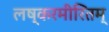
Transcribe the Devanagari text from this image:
लष्करमीरितम्